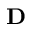
\mathrm { \bf D }